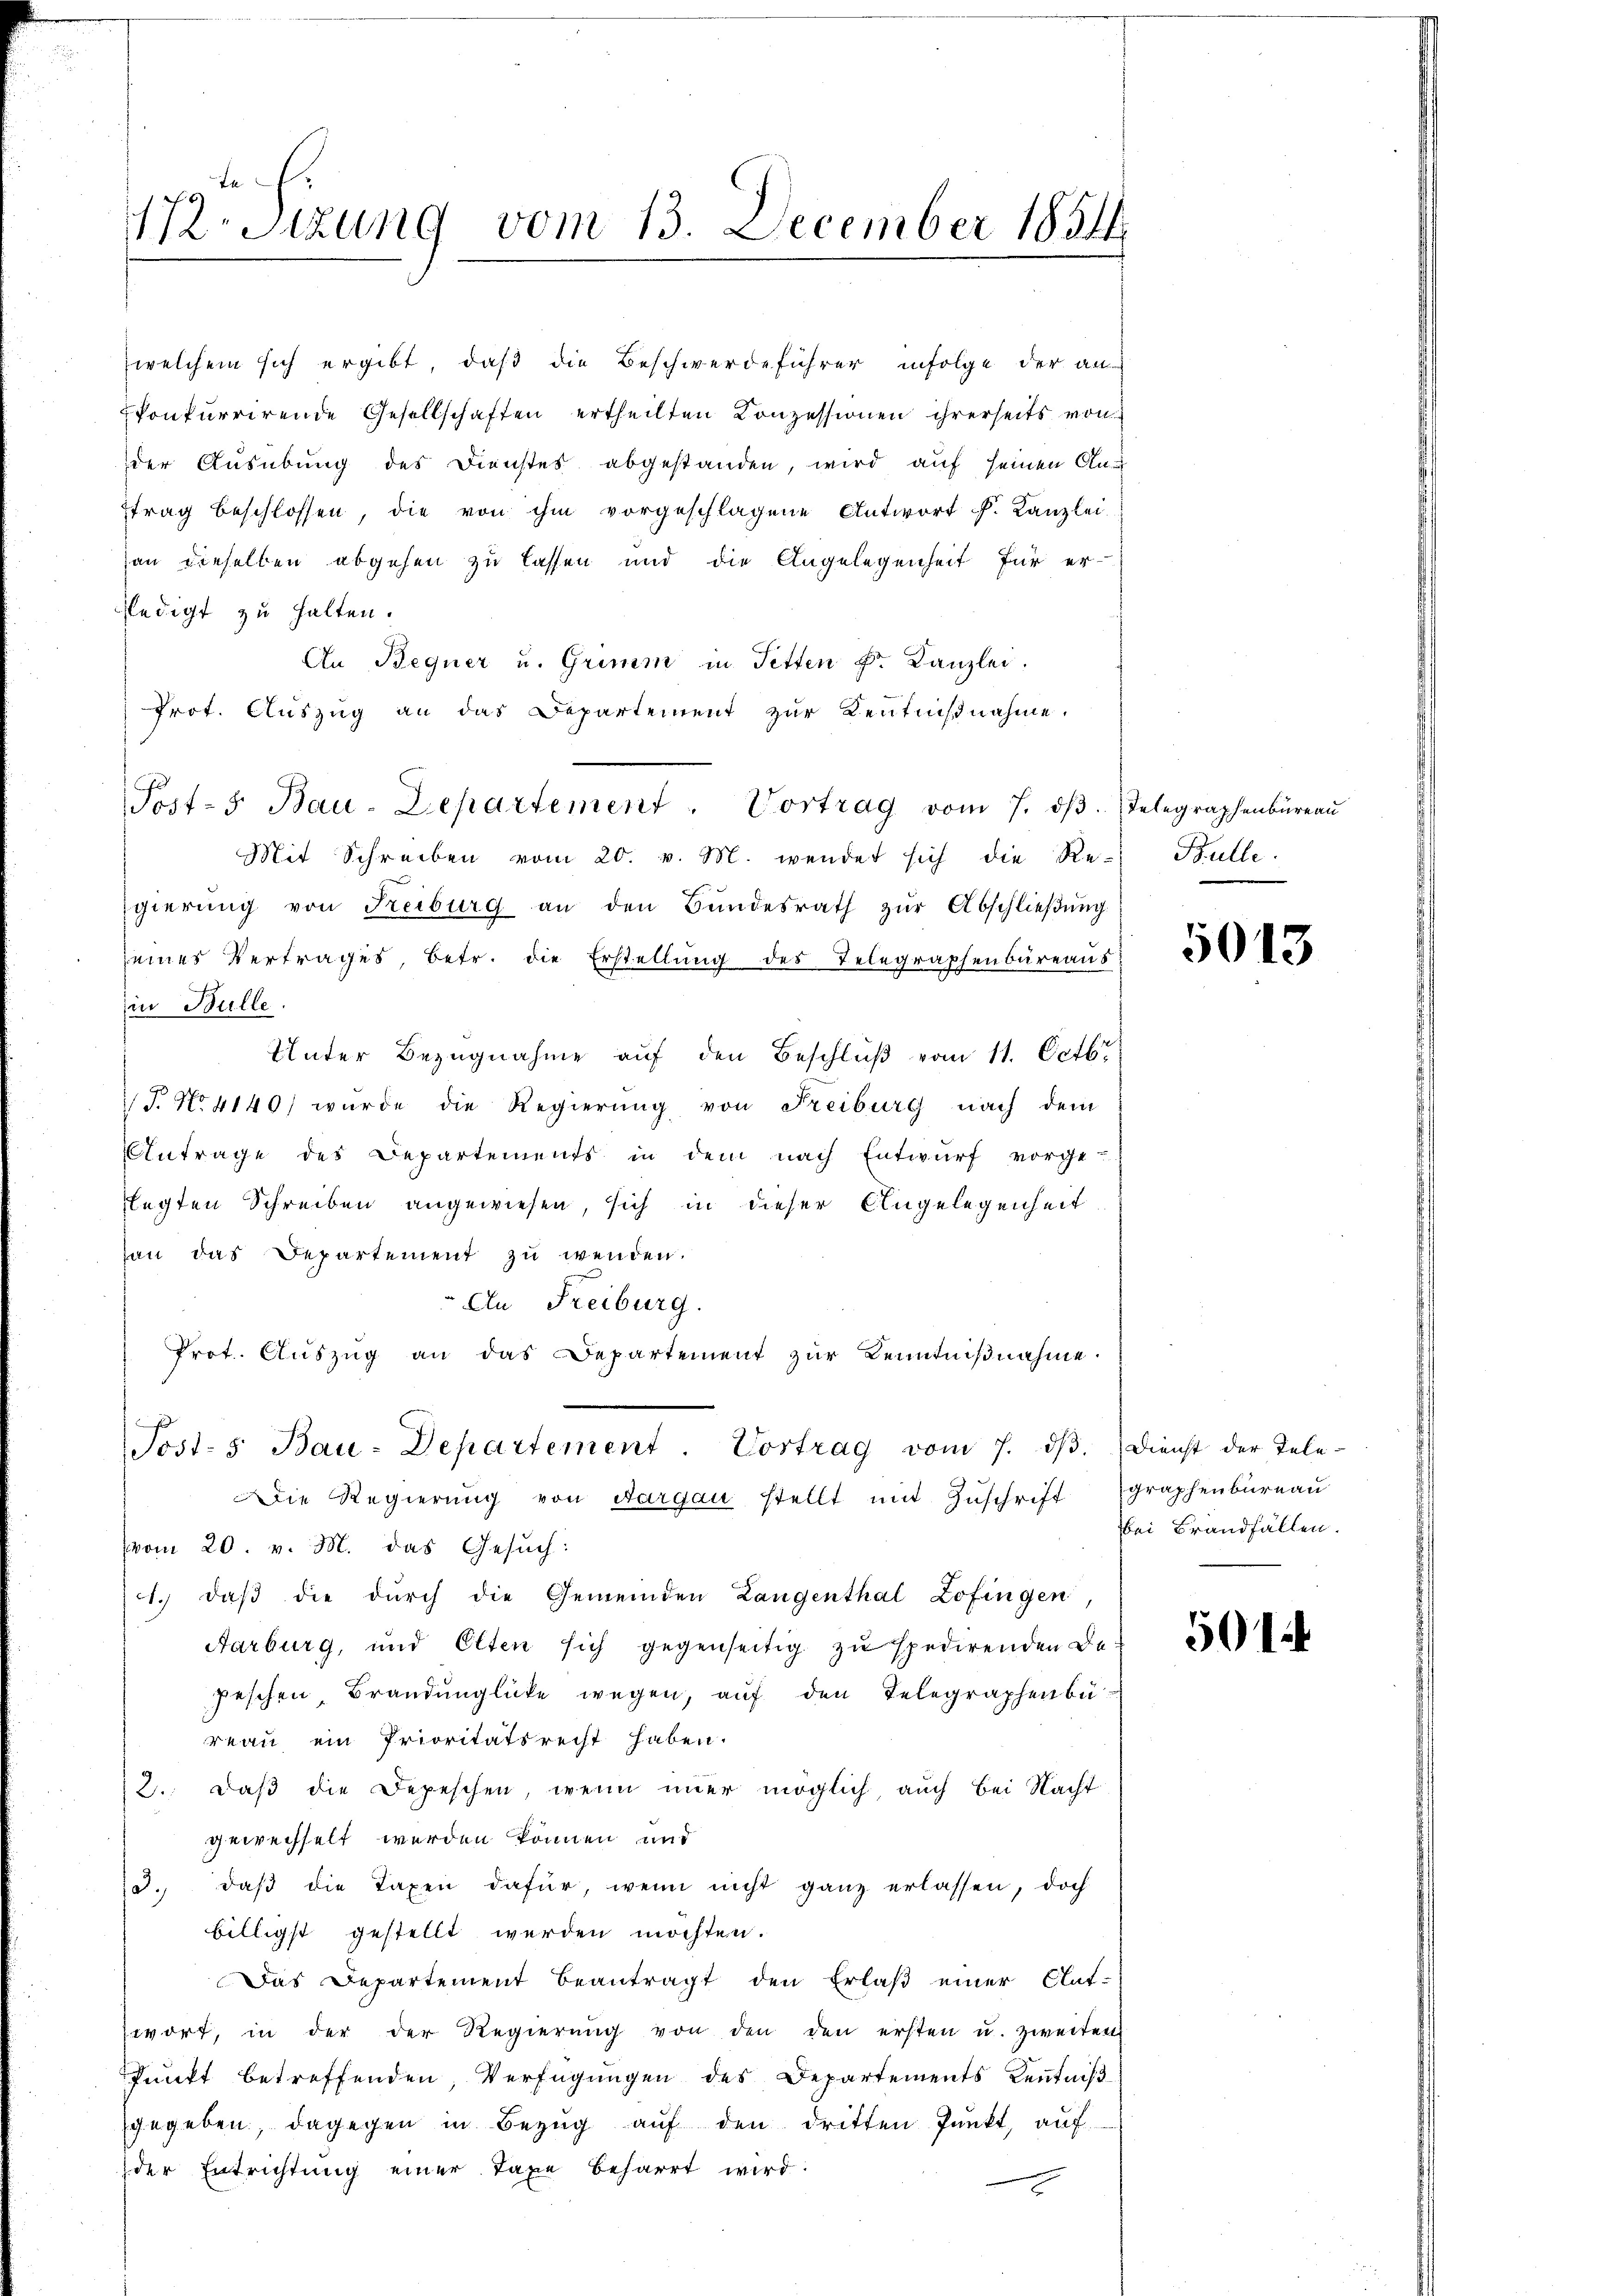
te
472. Sitzung vom 13. December 1851.

(welchem sich ergibt, daß die Beschwerdeführer infolge der an
konkurrirende Gesellschaften ertheilten Konzessionen ihrerseits von
der Ausübung des Dienstes abgestanden, wird auf seinen Antrag beschlossen, die von ihm vorgeschlagene Antwort k. Kanzlei
an dieselben abgehen zu lassen und die Angelegenheit für er-
ledigt zu halten.
An Begner u. Grimm in Fetten Dr. Kanzlei.
Prot. Auszug an das Departement zur Kenntnißnahme.
Mit Schreiben vom 20. v. M. wendet sich die Re- Bulle.
gierŭng von Freiburg an den Bŭndesrath zŭr Abschlieβŭng
seines Vertrages, betr. die Erstellŭng des Telegraphenbüreaŭs:
in Bulle.
Unter Bezugnahme auf den Beschluß vom 11. Octbr.
P. No 4140) wurde die Regierung von Freiburg nach dem
Antrage des Departements in dem nach Entwurf vorge-
flegten Schreiben angewiesen, sich in dieser Angelegenheit
han das Departement zu wenden.
An Freiburg.
Prot. Aŭszŭg an das Departement zŭr Kenntniβnahme.
Post-5 Bau-Departement. Vortrag vom 7. dβ.  Dienst der Tele-
Die Regierung von Aargau stellt mit Zuschrift graphenbureau
(vom 20. v. M. das Gesuch:
1. daβ die durch die Gemeinden Langenthal Zofingen
Aarburg, und Olten sich gegenseitig zu spedirenden Depeschen, Brandunglücke wegen, auf den Telegraphenbü
reau ein Prioritätsrecht haben.
2.: daß die Depeschen, wenn immer möglich auch bei Nacht
gewechselt werden können und
d., daβ die Taxen dafür, wenn nicht ganz erlassen, doch
billigst gestellt werden möchten.
Das Departement beantragt den Erlaß einer Clat-
wort, in der der Regierŭng von den den ersten u. zweiten
Punkt betreffenden, Verfügungen des Departements Kenntniß
gegeben. Dagegen in Bezŭg aŭf den dritten Pŭnkt, auf
der Entrichtung einer Taxe beharrt wird:

Post- 5. Bau-Departement. Vortrag vom 7. dβ. Telegraphenbüreaŭ

5013

bei Brandfällen.

501